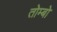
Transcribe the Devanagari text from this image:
तोम्बो